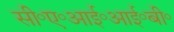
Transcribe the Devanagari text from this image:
सी॰ए॰आई॰आई॰बी॰